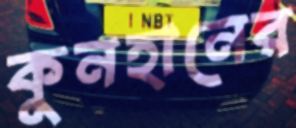
কুনহানের